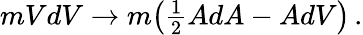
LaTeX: mVdV\rightarrow m\bigl({\textstyle{{\frac{1}{2}}}}AdA-AdV\bigr)\, .